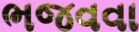
ભજવવા